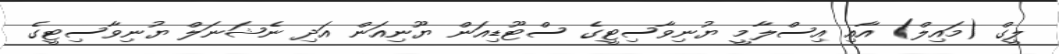
ލީގް (މައިލް) އާއި އިސްލާމީ ޔުނިވާސިޓީގެ ސްޓޫޑިއަން ޔޫނިއަން އަދި ނެޝަނަލް ޔުނިވާސިޓީގެ